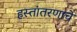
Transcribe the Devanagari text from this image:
हस्तांतरणाचे